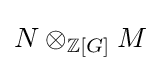
N\otimes _{\mathbb {Z} [G]}M